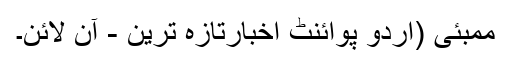
ممبئی (اُردو پوائنٹ اخبارتازہ ترین - آن لائن۔